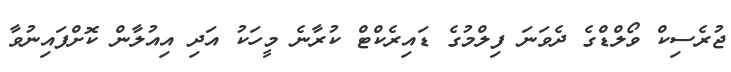
ޖުރެސިކް ވޯލްޑްގެ ދެވަނަ ފިލްމުގެ ޑައިރެކްޓް ކުރާނެ މީހަކު އަދި އިއުލާން ކޮށްފައިނުވާ